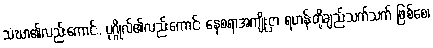
သံဃာ၏လည်းကောင်း, ပုဂ္ဂိုလ်၏လည်းကောင်း နေစရာအကျိုးငှာ ရဟန်းတို့ချည်းသက်သက် ဖြစ်စေ၊